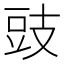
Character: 豉